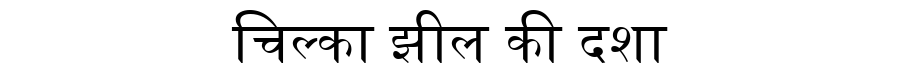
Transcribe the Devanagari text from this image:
चिल्का झील की दशा